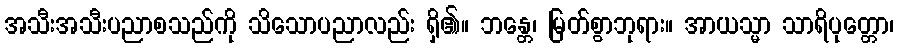
အသီးအသီးပညာစသည်ကို သိသောပညာလည်း ရှိ၏။ ဘန္တေ၊ မြတ်စွာဘုရား။ အာယသ္မာ သာရိပုတ္တော၊